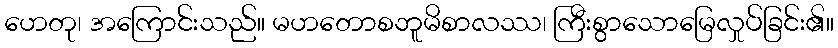
ဟေတု၊ အကြောင်းသည်။ မဟတောစဘူမိစာလဿ၊ ကြီးစွာသောမြေလှုပ်ခြင်း၏။